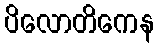
ပိလောတိကေန